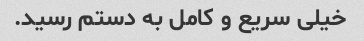
خیلی سریع و کامل به دستم رسید.